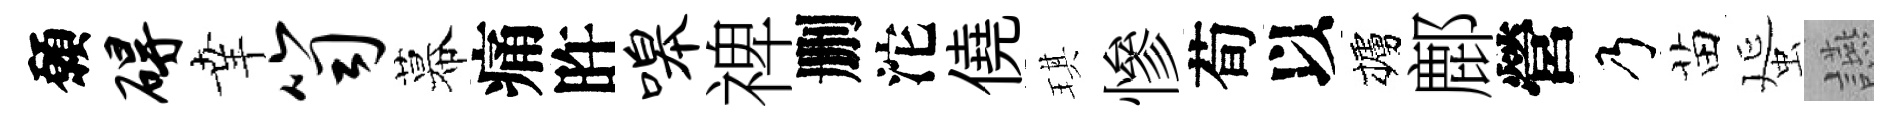
願碍𦍒笥幕痛旿嗥禆删沱僥琪慘荀以櫨鄜營乃苗蜑讌